Vaccine operations Central Provinces 1868-1885 - 1868-1885
Year: 1868
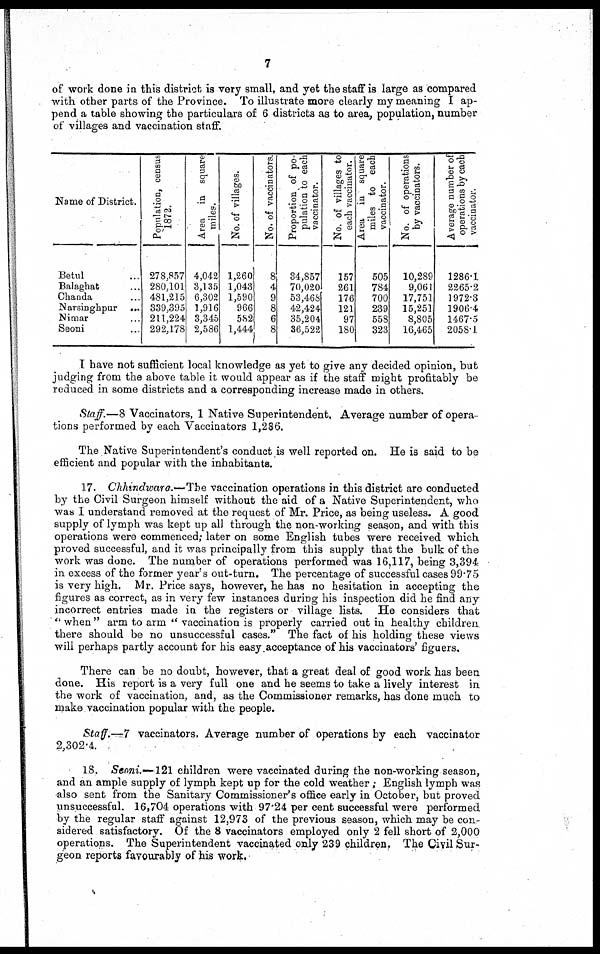
7
of work done in this district is very small, and yet the staff is large as compared
with other parts of the Province. To illustrate more clearly my meaning I ap-
pend a table showing the particulars of 6 districts as to area, population, number
of villages and vaccination staff.
Name of District.
Betul ...
Balaghat ...
Chanda ...
Narsinghpur ...
Nimar ...
Seoni ...
Population, census
1872.
278,857
280,101
481,215
339,395
211,224
292,178
Area in square
miles.
4,042
3,135
6,302
1,916
3,345
2,586
No. of villages.
1,260
1,043
1,590
966
582
1,444
No. of vaccinators.
8
4
9
8
6
8
Proportion of po-
pulation to each
vaccinator.
34,857
70,020
53,468
42,424
35,204
36,522
No. of villages to
each vaccinator.
157
261
176
121
97
180
Area insquare
miles to each
vaccinator.
505
784
700
239
558
323
No. of operations
by vaccinators.
10,289
9,061
17,751
15,251
8,805
16,465
Average number of
operations by each
vaccinator.
1286.1
2265.2
1972.3
1906.4
1467.5
2058.1
I have not sufficient local knowledge as yet to give any decided opinion, but
judging from the above table it would appear as if the staff might profitably be
reduced in some districts and a corresponding increase made in others.
Staff.—8 Vaccinators, 1 Native Superintendent, Average number of opera-
tions performed by each Vaccinators 1,286.
The Native Superintendent's conduct is well reported on. He is said to be
efficient and popular with the inhabitants.
17. Chhindwara.—The vaccination operations in this district are conducted
by the Civil Surgeon himself without the aid of a Native Superintendent, who
was I understand removed at the request of Mr. Price, as being useless. A good
supply of lymph was kept up all through the non-working season, and with this
operations were commenced; later on some English tubes were received which
proved successful, and it was principally from this supply that the bulk of the
work was done. The number of operations performed was 16,117, being 3,394
in excess of the former year's out-turn. The percentage of successful cases 99.75
is very high. Mr. Price says, however, he has no hesitation in accepting the
figures as correct, as in very few instances during his inspection did he find any-
incorrect entries made in the registers or village lists. He considers that
" when" arm to arm '' vaccination is properly carried out in healthy children
there should be no unsuccessful cases." The fact of his holding these views
will perhaps partly account for his easy acceptance of his vaccinators' figuers.
There can be no doubt, however, that a great deal of good work has been
done. His report is a very full one and he seems to take a lively interest in
the work of vaccination, and, as the Commissioner remarks, has done much to
make vaccination popular with the people.
Staff.—7 vaccinators, Average number of operations by each vaccinator
2,302.4.
18. Seoni.—121 children were vaccinated during the non-working season,
and an ample supply of lymph kept up for the cold weather; English lymph was
-also sent from the Sanitary Commissioner's office early in October, but proved
unsuccessful. 16,704 operations with 97.24 per cent successful were performed
by the regular staff against 12,973 of the previous season, which may be con-
sidered satisfactory. Of the 8 vaccinators employed only 2 fell short of 2,000
operations. The Superintendent vaccinated only 239 children. The Civil Sur-
geon reports favourably of his work.